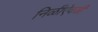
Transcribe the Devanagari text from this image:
निळीऐवजी